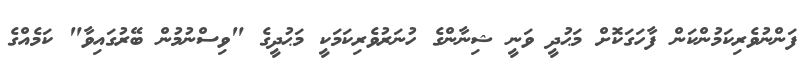
ފަންނުވެރިކަމުންކަން ފާހަގަކޮށް މަޙުދީ ވަނީ ޝިނާންގެ ހުނަރުވެރިކަމަކީ މަޙުދީގެ "ވިސްނުމުން ބޭރުގައިވާ" ކަމެއްގެ